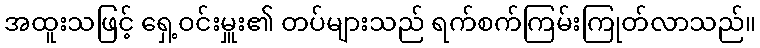
အထူးသဖြင့် ရှေ့ဝင်းမှူး၏ တပ်များသည် ရက်စက်ကြမ်းကြုတ်လာသည်။